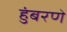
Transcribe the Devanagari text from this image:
हुंबरणे